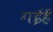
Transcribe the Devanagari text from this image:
गईहैं